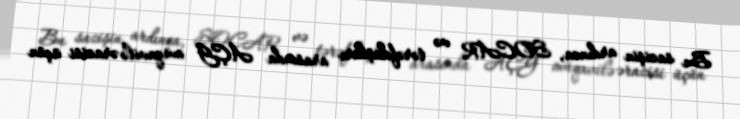
Bu sazişin ardınca, SOCAR və tərəfdaşları arasında AÇG müqavilə ərazisi üçün